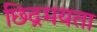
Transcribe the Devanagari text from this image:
छिद्रमयता